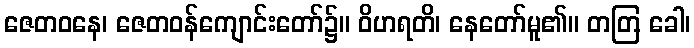
ဇေတဝနေ၊ ဇေတဝန်ကျောင်းတော်၌။ ဝိဟရတိ၊ နေတော်မူ၏။ တတြ ခေါ၊